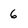
Character: 6